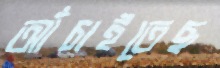
আঁচাইতেছ